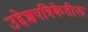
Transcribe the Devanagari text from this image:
उद्देशपत्रिकेतील